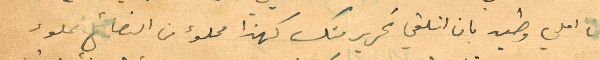
فان املي وطيد بان اتلقى تحرير منك كهذا مملوء من النصائح مملوء